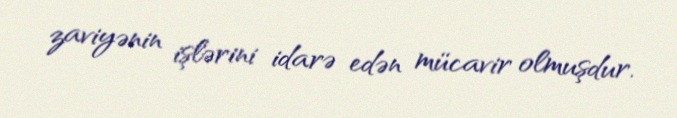
zaviyənin işlərini idarə edən mücavir olmuşdur.